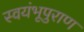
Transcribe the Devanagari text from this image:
स्वयंभूपुराण